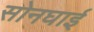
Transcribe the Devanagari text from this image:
सोनघाई